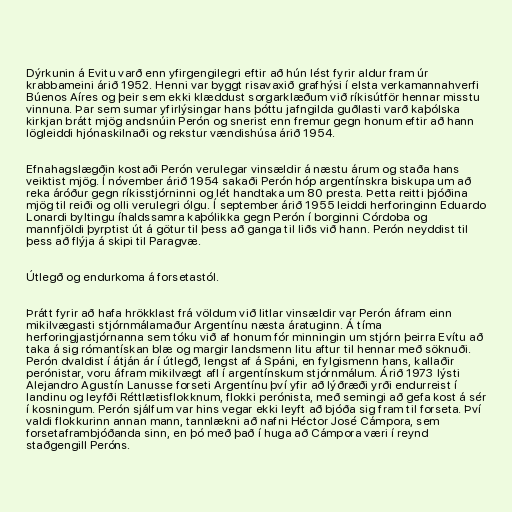
Dýrkunin á Evitu varð enn yfirgengilegri eftir að hún lést fyrir aldur fram úr
krabbameini árið 1952. Henni var byggt risavaxið grafhýsi í elsta verkamannahverfi
Búenos Aíres og þeir sem ekki klæddust sorgarklæðum við ríkisútför hennar misstu
vinnuna. Þar sem sumar yfirlýsingar hans þóttu jafngilda guðlasti varð kaþólska
kirkjan brátt mjög andsnúin Perón og snerist enn fremur gegn honum eftir að hann
lögleiddi hjónaskilnaði og rekstur vændishúsa árið 1954.

Efnahagslægðin kostaði Perón verulegar vinsældir á næstu árum og staða hans
veiktist mjög. Í nóvember árið 1954 sakaði Perón hóp argentínskra biskupa um að
reka áróður gegn ríkisstjórninni og lét handtaka um 80 presta. Þetta reitti þjóðina
mjög til reiði og olli verulegri ólgu. Í september árið 1955 leiddi herforinginn Eduardo
Lonardi byltingu íhaldssamra kaþólikka gegn Perón í borginni Córdoba og
mannfjöldi þyrptist út á götur til þess að ganga til liðs við hann. Perón neyddist til
þess að flýja á skipi til Paragvæ.

Útlegð og endurkoma á forsetastól.

Þrátt fyrir að hafa hrökklast frá völdum við litlar vinsældir var Perón áfram einn
mikilvægasti stjórnmálamaður Argentínu næsta áratuginn. Á tíma
herforingjastjórnanna sem tóku við af honum fór minningin um stjórn þeirra Evítu að
taka á sig rómantískan blæ og margir landsmenn litu aftur til hennar með söknuði.
Perón dvaldist í átján ár í útlegð, lengst af á Spáni, en fylgismenn hans, kallaðir
perónistar, voru áfram mikilvægt afl í argentínskum stjórnmálum. Árið 1973 lýsti
Alejandro Agustín Lanusse forseti Argentínu því yfir að lýðræði yrði endurreist í
landinu og leyfði Réttlætisflokknum, flokki perónista, með semingi að gefa kost á sér
í kosningum. Perón sjálfum var hins vegar ekki leyft að bjóða sig fram til forseta. Því
valdi flokkurinn annan mann, tannlækni að nafni Héctor José Cámpora, sem
forsetaframbjóðanda sinn, en þó með það í huga að Cámpora væri í reynd
staðgengill Peróns.